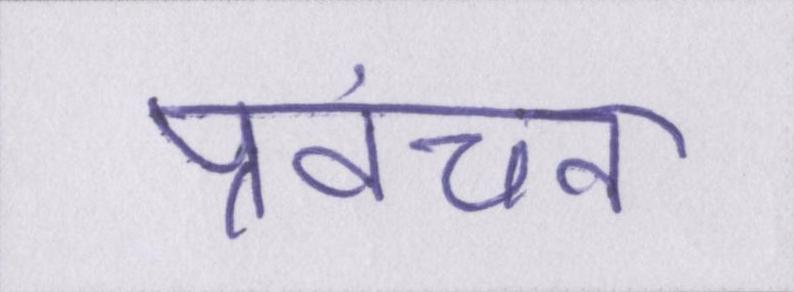
प्रवंचना